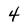
Character: 4